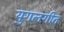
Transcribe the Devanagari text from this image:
युगलगीत